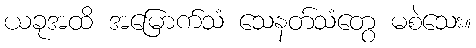
ယခုအထိ အမြောက်သံ သေနတ်သံတွေ မစဲသေး။